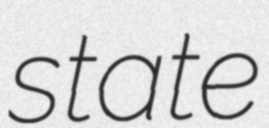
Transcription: state